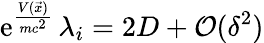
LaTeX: \mathrm e^{\frac{V(\vec{x})}{mc^{2}}}\, \lambda_{i}=2D+\mathcal O(\delta^{2})